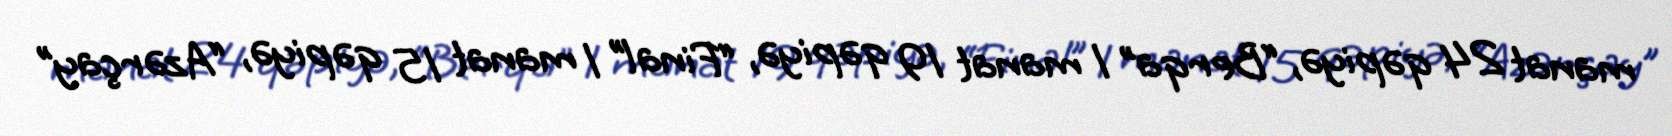
manat 24 qəpiyə, “Berqa” 1 manat 19 qəpiyə, “Final” 1 manat 15 qəpiyə, “Azərçay”